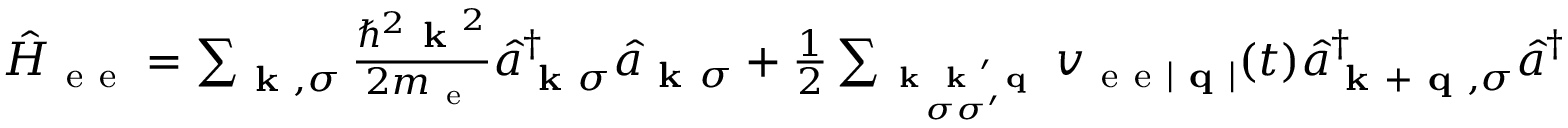
\begin{array} { r } { \hat { H } _ { \mathrm { ~ e ~ e ~ } } = \sum _ { \textbf { k } , \sigma } \frac { \hbar _ { } ^ { 2 } \textbf { k } ^ { 2 } } { 2 m _ { \mathrm { ~ e ~ } } } \hat { a } _ { \textbf { k } \sigma } ^ { \dagger } \hat { a } _ { \textbf { k } ^ { } \sigma } + \frac { 1 } { 2 } \sum _ { \textbf { k } \textbf { k } ^ { \prime } \textbf { q } \atop \sigma \sigma ^ { \prime } } v _ { \mathrm { ~ e ~ e ~ } | \textbf { q } | } ( t ) \hat { a } _ { \textbf { k } + \textbf { q } , \sigma } ^ { \dagger } \hat { a } _ { \textbf { k } ^ { \prime } - \textbf { q } , \sigma ^ { \prime } } ^ { \dagger } \hat { a } _ { \textbf { k } ^ { \prime } \sigma ^ { \prime } } ^ { } \hat { a } _ { \textbf { k } \sigma } ^ { } \, , } \end{array}